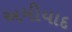
અમીયાદ